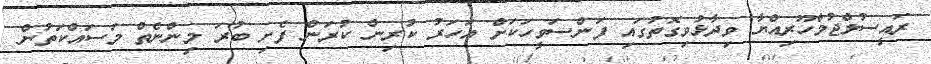
ރައީސުލްޖުމްހޫރިއްޔާ ވިދާޅުވިގޮތުގައި ފަންސަވީހަކަށް އަހަރު ކުރިން ކުރަން ފެށި ބުރަ މިންނެތް މަސައްކަތުން